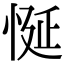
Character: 𢚀